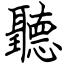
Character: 聽